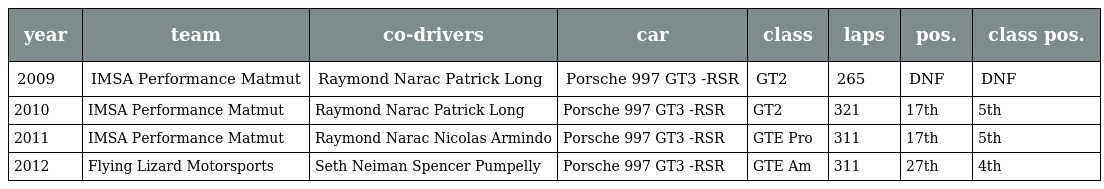
| year | team | co-drivers | car | class | laps | pos. | class pos. |
 | --- | --- | --- | --- | --- | --- | --- | --- |
 | 2009 | IMSA Performance Matmut | Raymond Narac Patrick Long | Porsche 997 GT3 -RSR | GT2 | 265 | DNF | DNF |
 | 2010 | IMSA Performance Matmut | Raymond Narac Patrick Long | Porsche 997 GT3 -RSR | GT2 | 321 | 17th | 5th |
 | 2011 | IMSA Performance Matmut | Raymond Narac Nicolas Armindo | Porsche 997 GT3 -RSR | GTE Pro | 311 | 17th | 5th |
 | 2012 | Flying Lizard Motorsports | Seth Neiman Spencer Pumpelly | Porsche 997 GT3 -RSR | GTE Am | 311 | 27th | 4th |